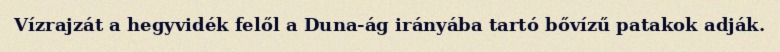
Vízrajzát a hegyvidék felől a Duna-ág irányába tartó bővízű patakok adják.